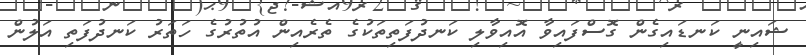
ޝައިނީ ކަނޑައިގެން ގޮސްފައިވާ އޮއިވާލި ކަނދުފަތިތަކުގެ ތެރެއިން އުތުރުގެ ހަތަރު ކަނދުފަތި އަލުން